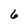
Character: 6